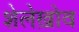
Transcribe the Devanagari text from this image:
शेलेख़ोव